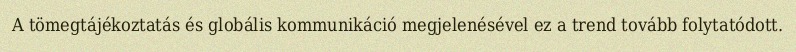
A tömegtájékoztatás és globális kommunikáció megjelenésével ez a trend tovább folytatódott.